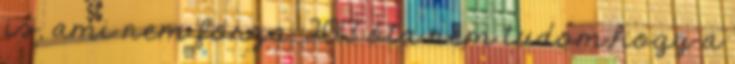
is, ami nem forza. 2013 óta nem tudom,hogy a